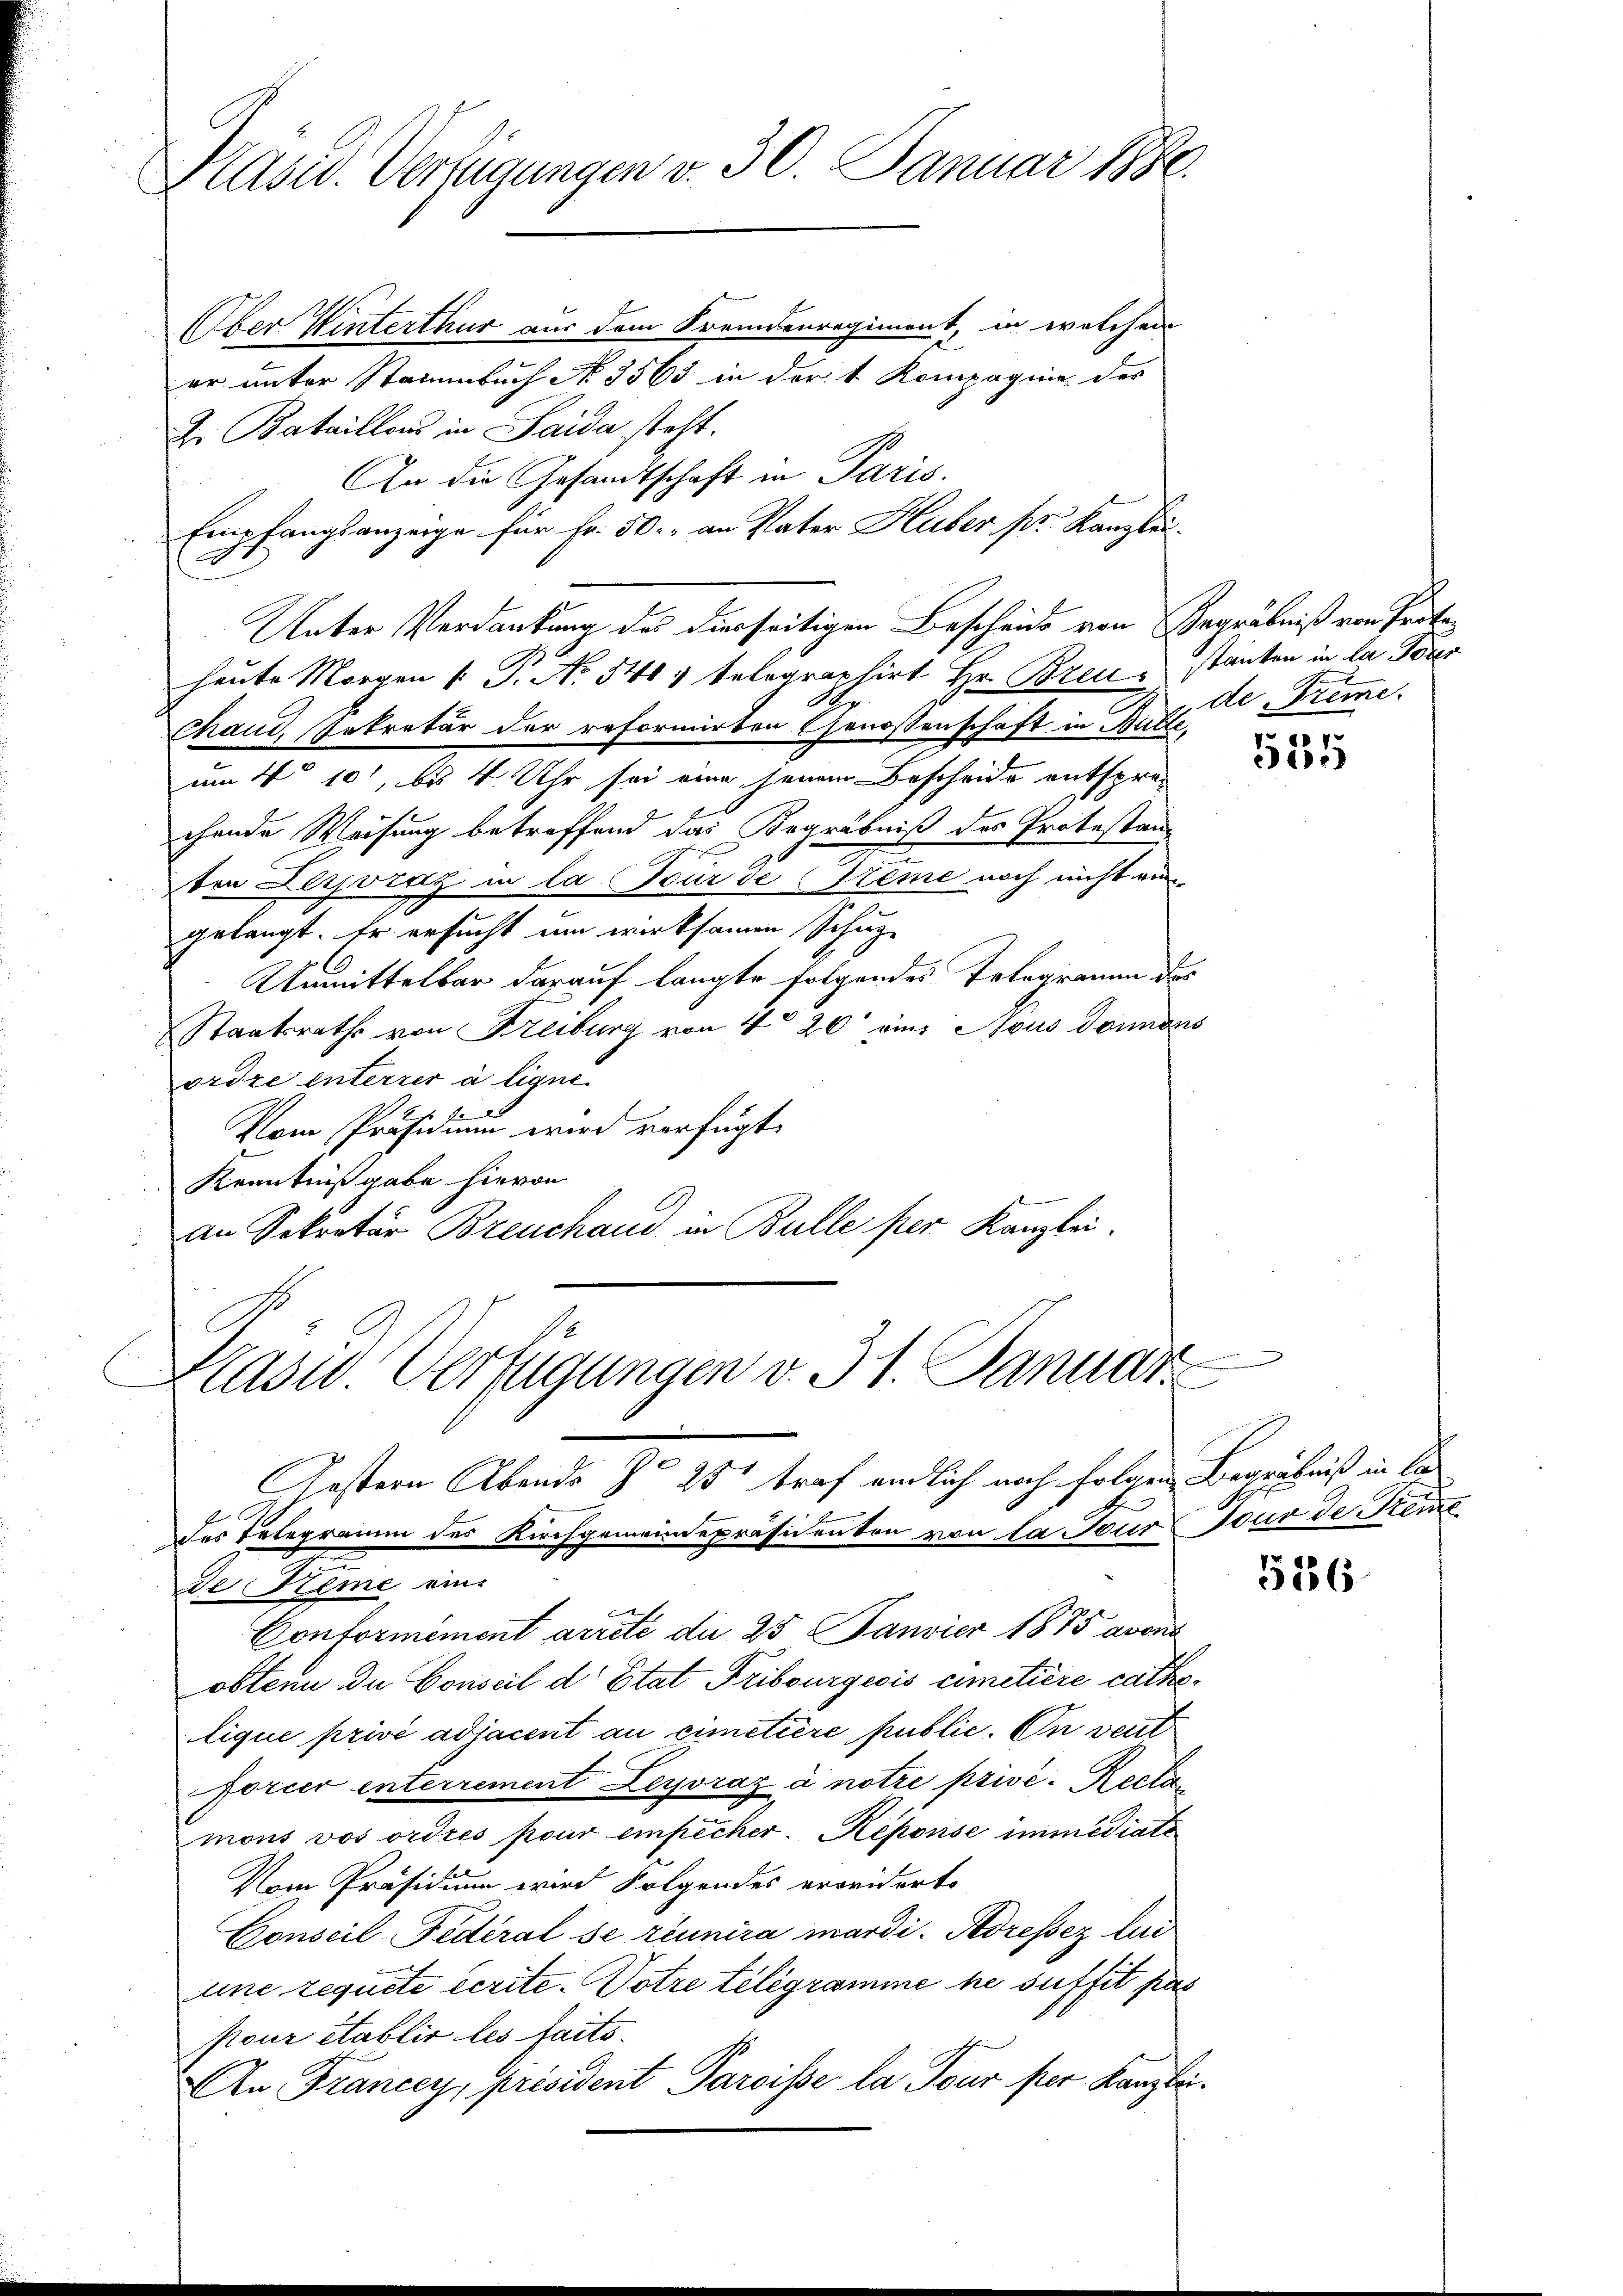
Pasiv. Verfügungen v. 30. Januar 1880.

Kasw. Verfügungen v. 31. Januar

Ober Winterthur aus dem Fremdenregiment, in welchem
er unter Stammbuch No. 3563 in der v. Rompagnie des
I. Bataillons in Saida steht.
An die Gesandtschaft in Paris.
Empfangsanzeige für Fr. 50. an Vater Huber pr. Kanzlei
Unter Verdankung des dierseitigen Bescheids von Begräbniß von Protoheute Morgen 1. P. Nr. 540, telegraphirt Hr. Brei stanten in la Poren
Chaus, Sekretär der reformirten Genossenschaft in Butte
um 4° 10, bis 4 Uhr sei eine jenem Bescheide entsprachende Weisung betreffend das Begräbniß des Protestan-
ten Lerporaz in la Tour de teme noch nicht ein
gelangt. Er ersucht um wirksamen Schup¬
Unmittelbar darauf langte folgendes Telegramm des
Staatsraths von Freiburg von 40 20 eins Nous donnans
ordre interrer à ligne.
Vom Präsidium wird verfügt:
Kenntnißgabe hievon
an Sekretär Bzeuchand in Bulle per Kanzlei.

Gestern Abends zu 25 traf endlich noch folgen Begräbniß in Ca¬

des Telegramm des Kirchgemeindepräsidenten von la Tour sous de Seme
de Reme ein-
|
Conformément arrête die 25 Janvier 1875 avena
obtenu du Conseil d’Etat Tribsurgeois cimetière catholique privé adjacent au cimetière public. In veut
forcer interrement Leyoraz à notre privé. Recla
mont vos ordres pour empêcher. Reponse immediate
Vom Präsidium wird Folgendes erwidert.
Conseil Federal se réunira mardi. Adressez lud
une requite écrite-Votre telegramme ne suffit pas
pour établir les faits.
An Francey, Président Paroisse la Tour per Kanzlei¬

de Trime.

551

526